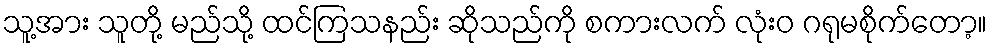
သူ့အား သူတို့ မည်သို့ ထင်ကြသနည်း ဆိုသည်ကို စကားလက် လုံးဝ ဂရုမစိုက်တော့။